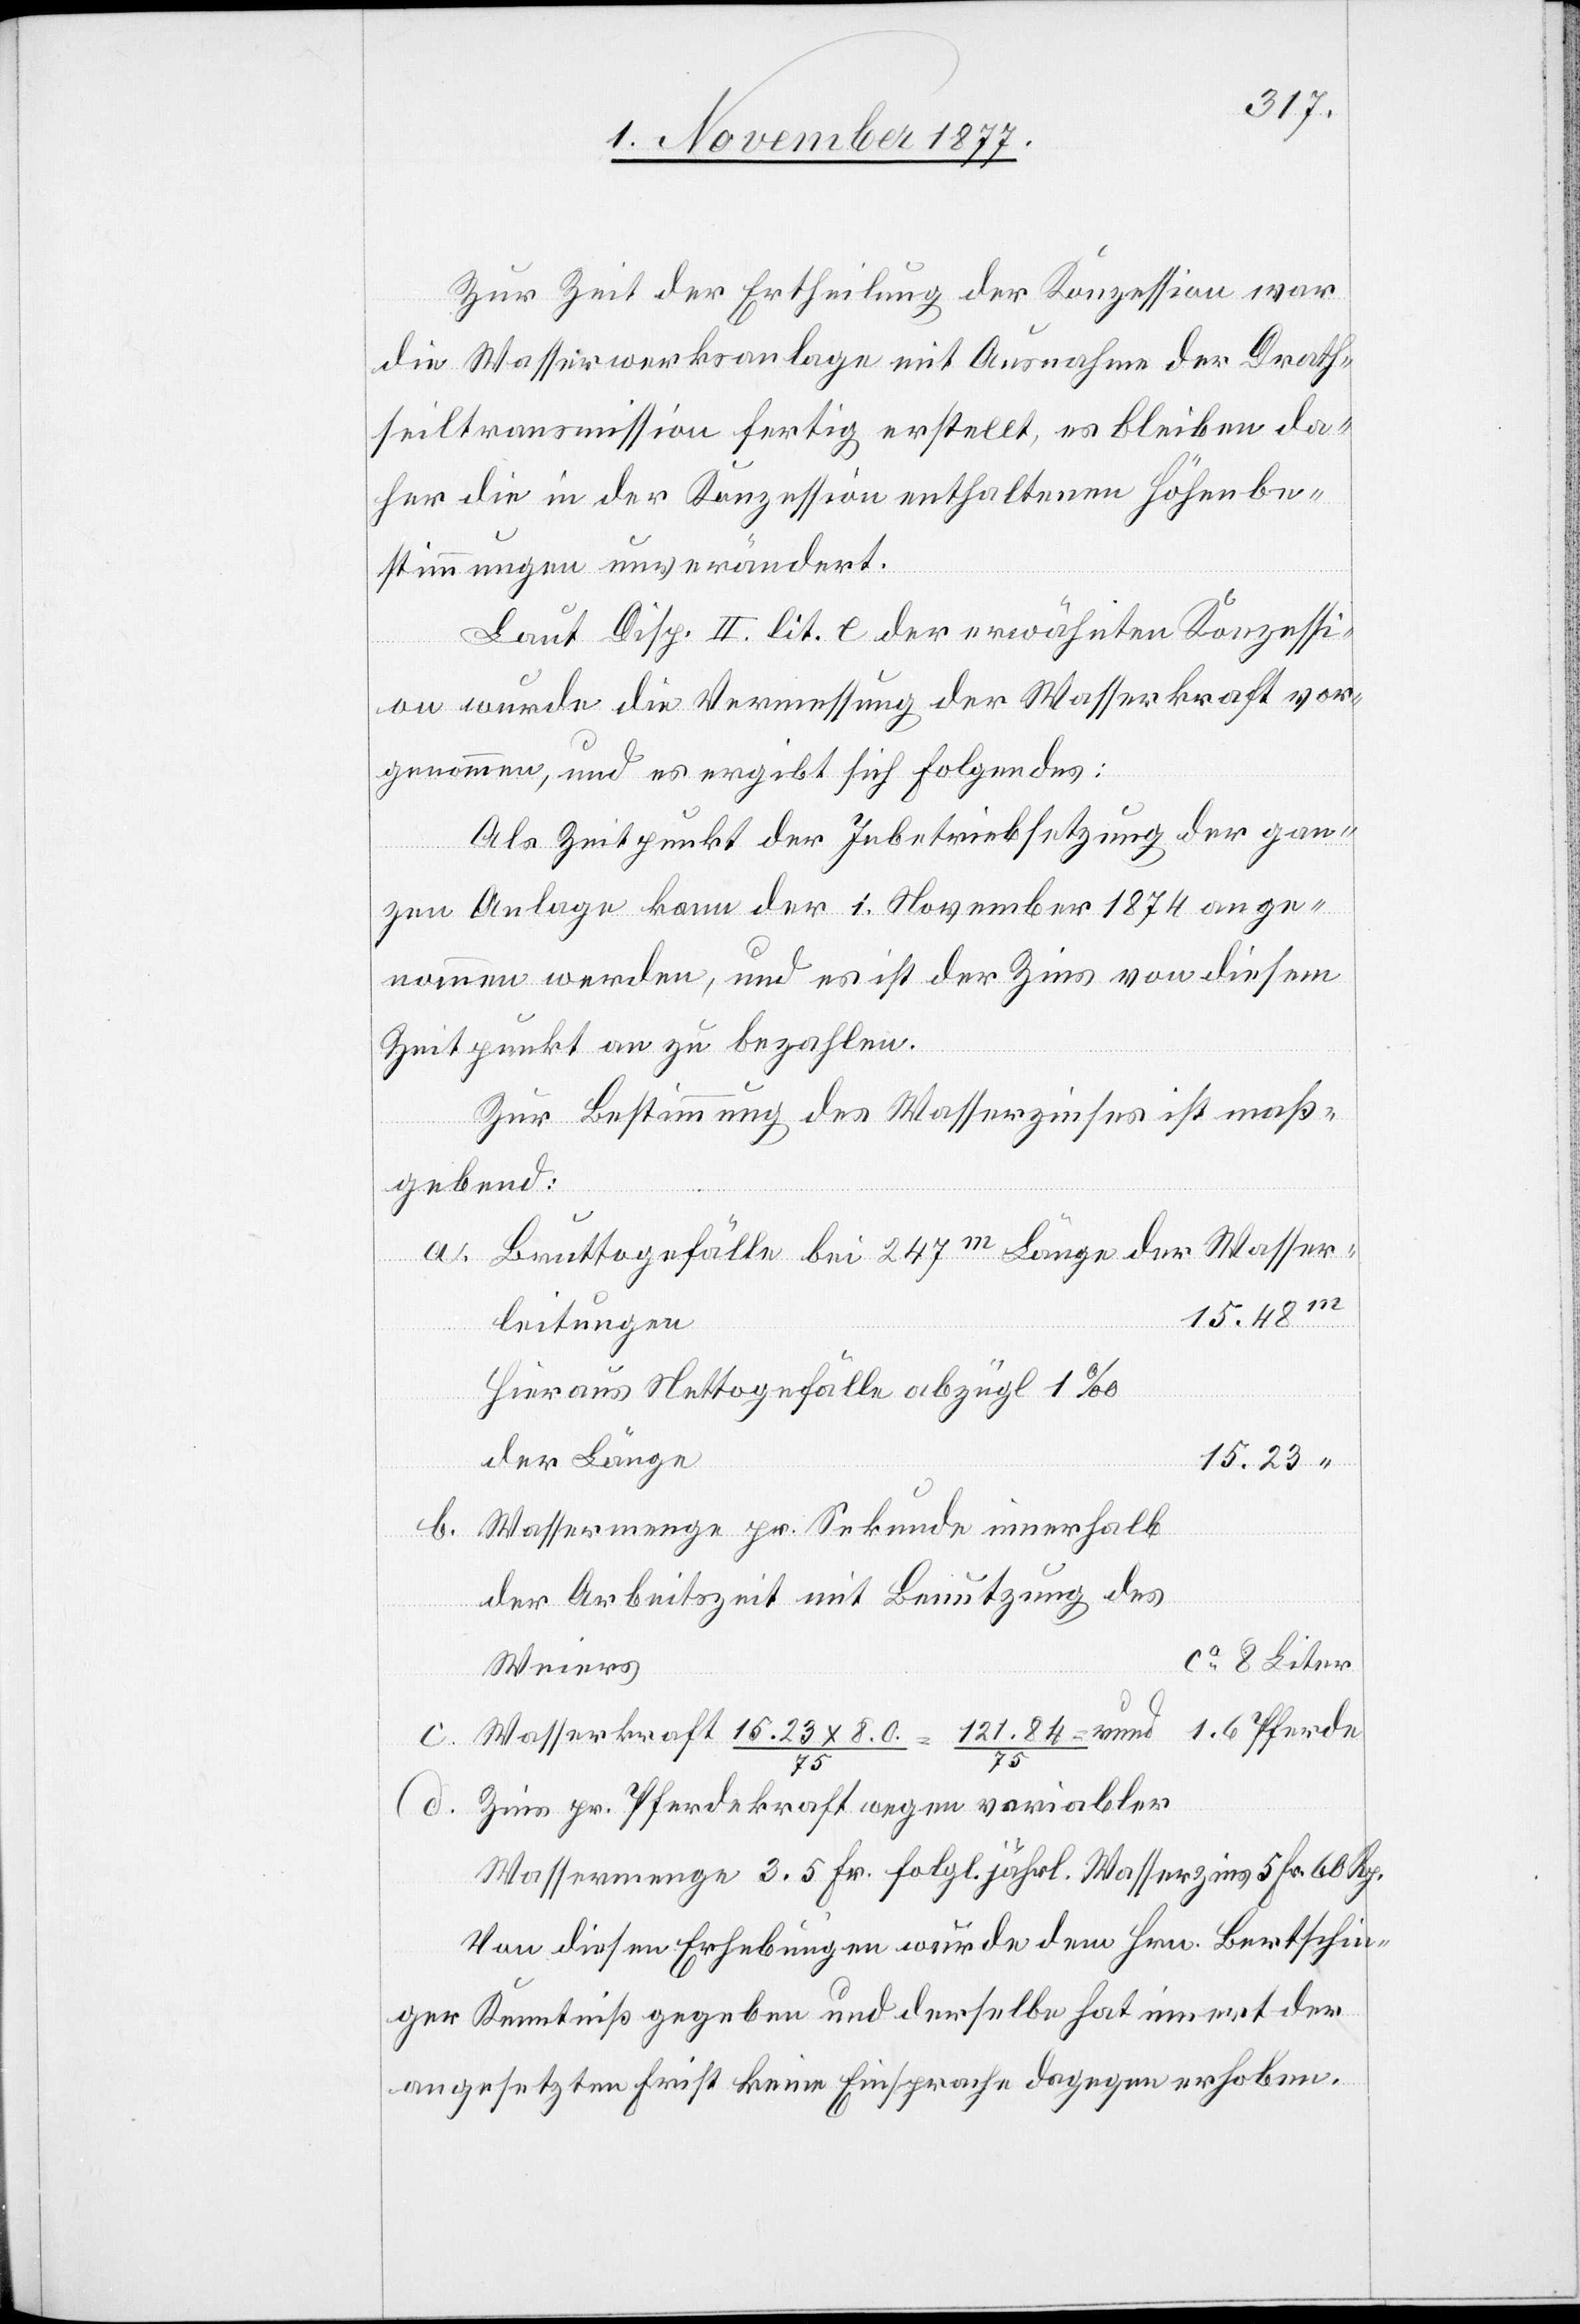
Rp.
Zur Zeit der Ertheilung der Konzession war
die Wasserwerksanlage mit Ausnahme der Drath¬
seiltransmission fertig erstellt, es bleiben da¬
her die in der Konzession enthaltenen Höhenbe¬
stimmungen unverändert.
Laut Disp. II. lit. e der erwähnten Konzessi¬
on wurde die Vermessung der Wasserkraft vor¬
genommen, und es ergibt sich Folgendes:
Als Zeitpunkt der Inbetriebsetzung der gan¬
zen Anlage kann der 1. November 1874 ange¬
nommen werden, und es ist der Zins von diesem
Zeitpunkt an zu bezahlen.
Zur Bestimmung des Wasserzinses ist maß¬
gebend:
Bruttogefälle bei 247m Länge der Wasser¬
15.48m
leitungen
Hieraus Nettogefälle abzügl. 1‰
der Länge
15.23 x
Wassermenge pr. Sekunde innerhalb
der Arbeitszeit mit Benutzung des
ca 8 Liter
Weiers
Fr.
60
Zins pr. Pferdekraft wegen variabler
Wassermenge 3.5 Fr. folgl. jährl. Wasserzins
Von diesen Erhebungen wurde dem Hrn. Bertschin¬
ger Kenntniß gegeben und derselbe hat innert der
angesetzten Frist keine Einsprache dagegen erhoben.